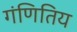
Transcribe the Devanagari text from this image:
गंणितिय